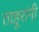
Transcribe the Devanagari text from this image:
ताहूरांगी